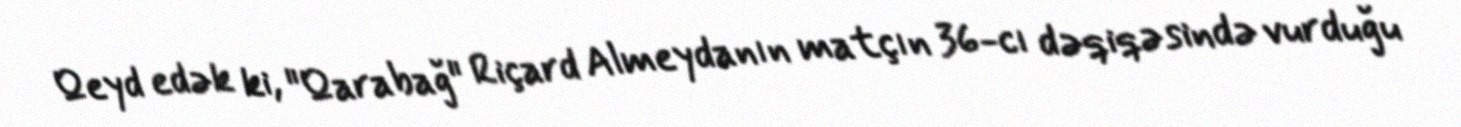
Qeyd edək ki, "Qarabağ" Riçard Almeydanın matçın 36-cı dəqiqəsində vurduğu